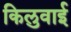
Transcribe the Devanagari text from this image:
किलुवाई